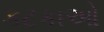
કટકાઓ